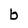
Character: b